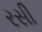
રસી